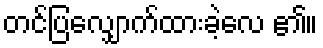
တင်ပြလျှောက်ထားခဲ့လေ ၏။